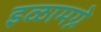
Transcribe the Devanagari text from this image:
इळामग्ने